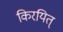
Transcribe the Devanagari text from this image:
किरयित्